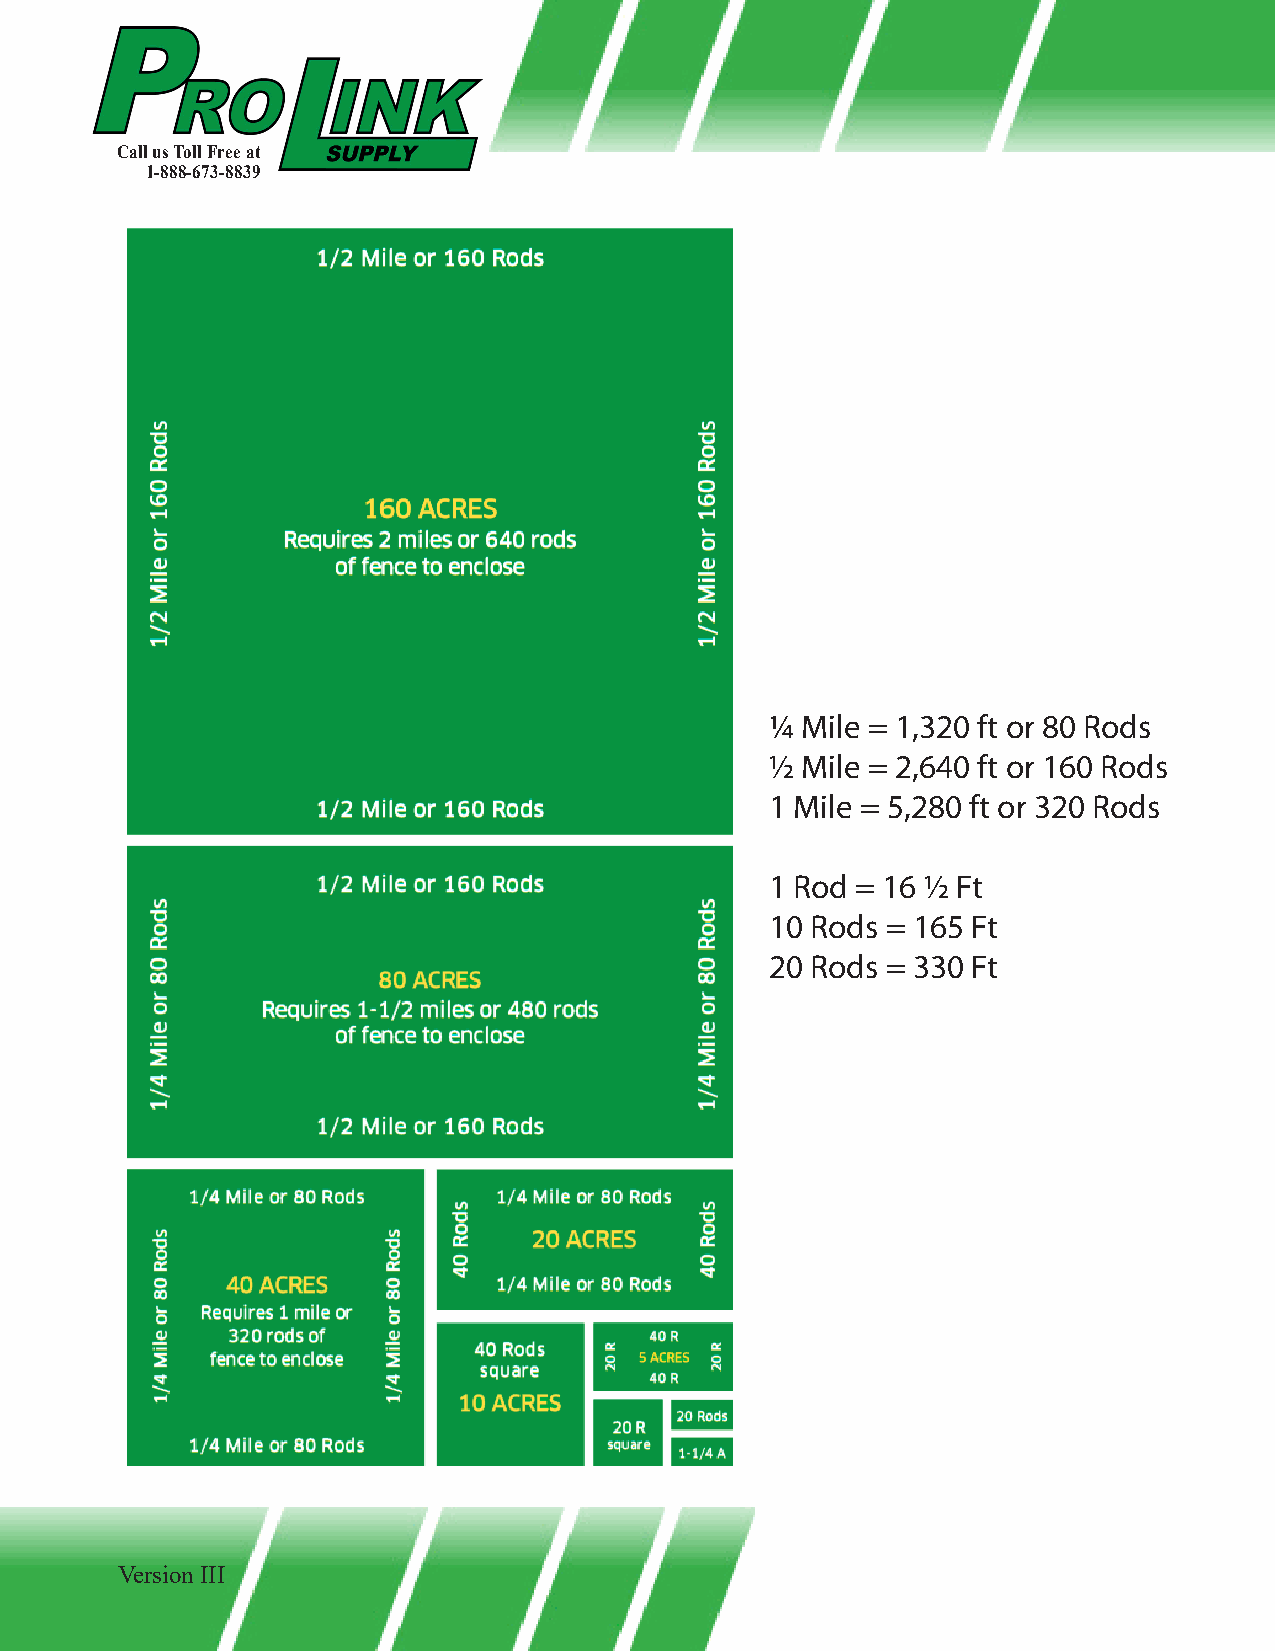
Call us Toll Free at
 1-888-673-8839
 1/4 Mile = 1,320 ft or 80 Rods
 1/2 Mile = 2,640 ft or 160 Rods
 1 Mile = 5,280 ft or 320 Rods
 1 Rod = 16 1/2 Ft
 10 Rods = 165 Ft
 20 Rods = 330 Ft
 Version III